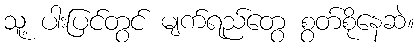
သူ့ ပါးပြင်တွင် မျက်ရည်တွေ စွတ်စိုနေဆဲ။